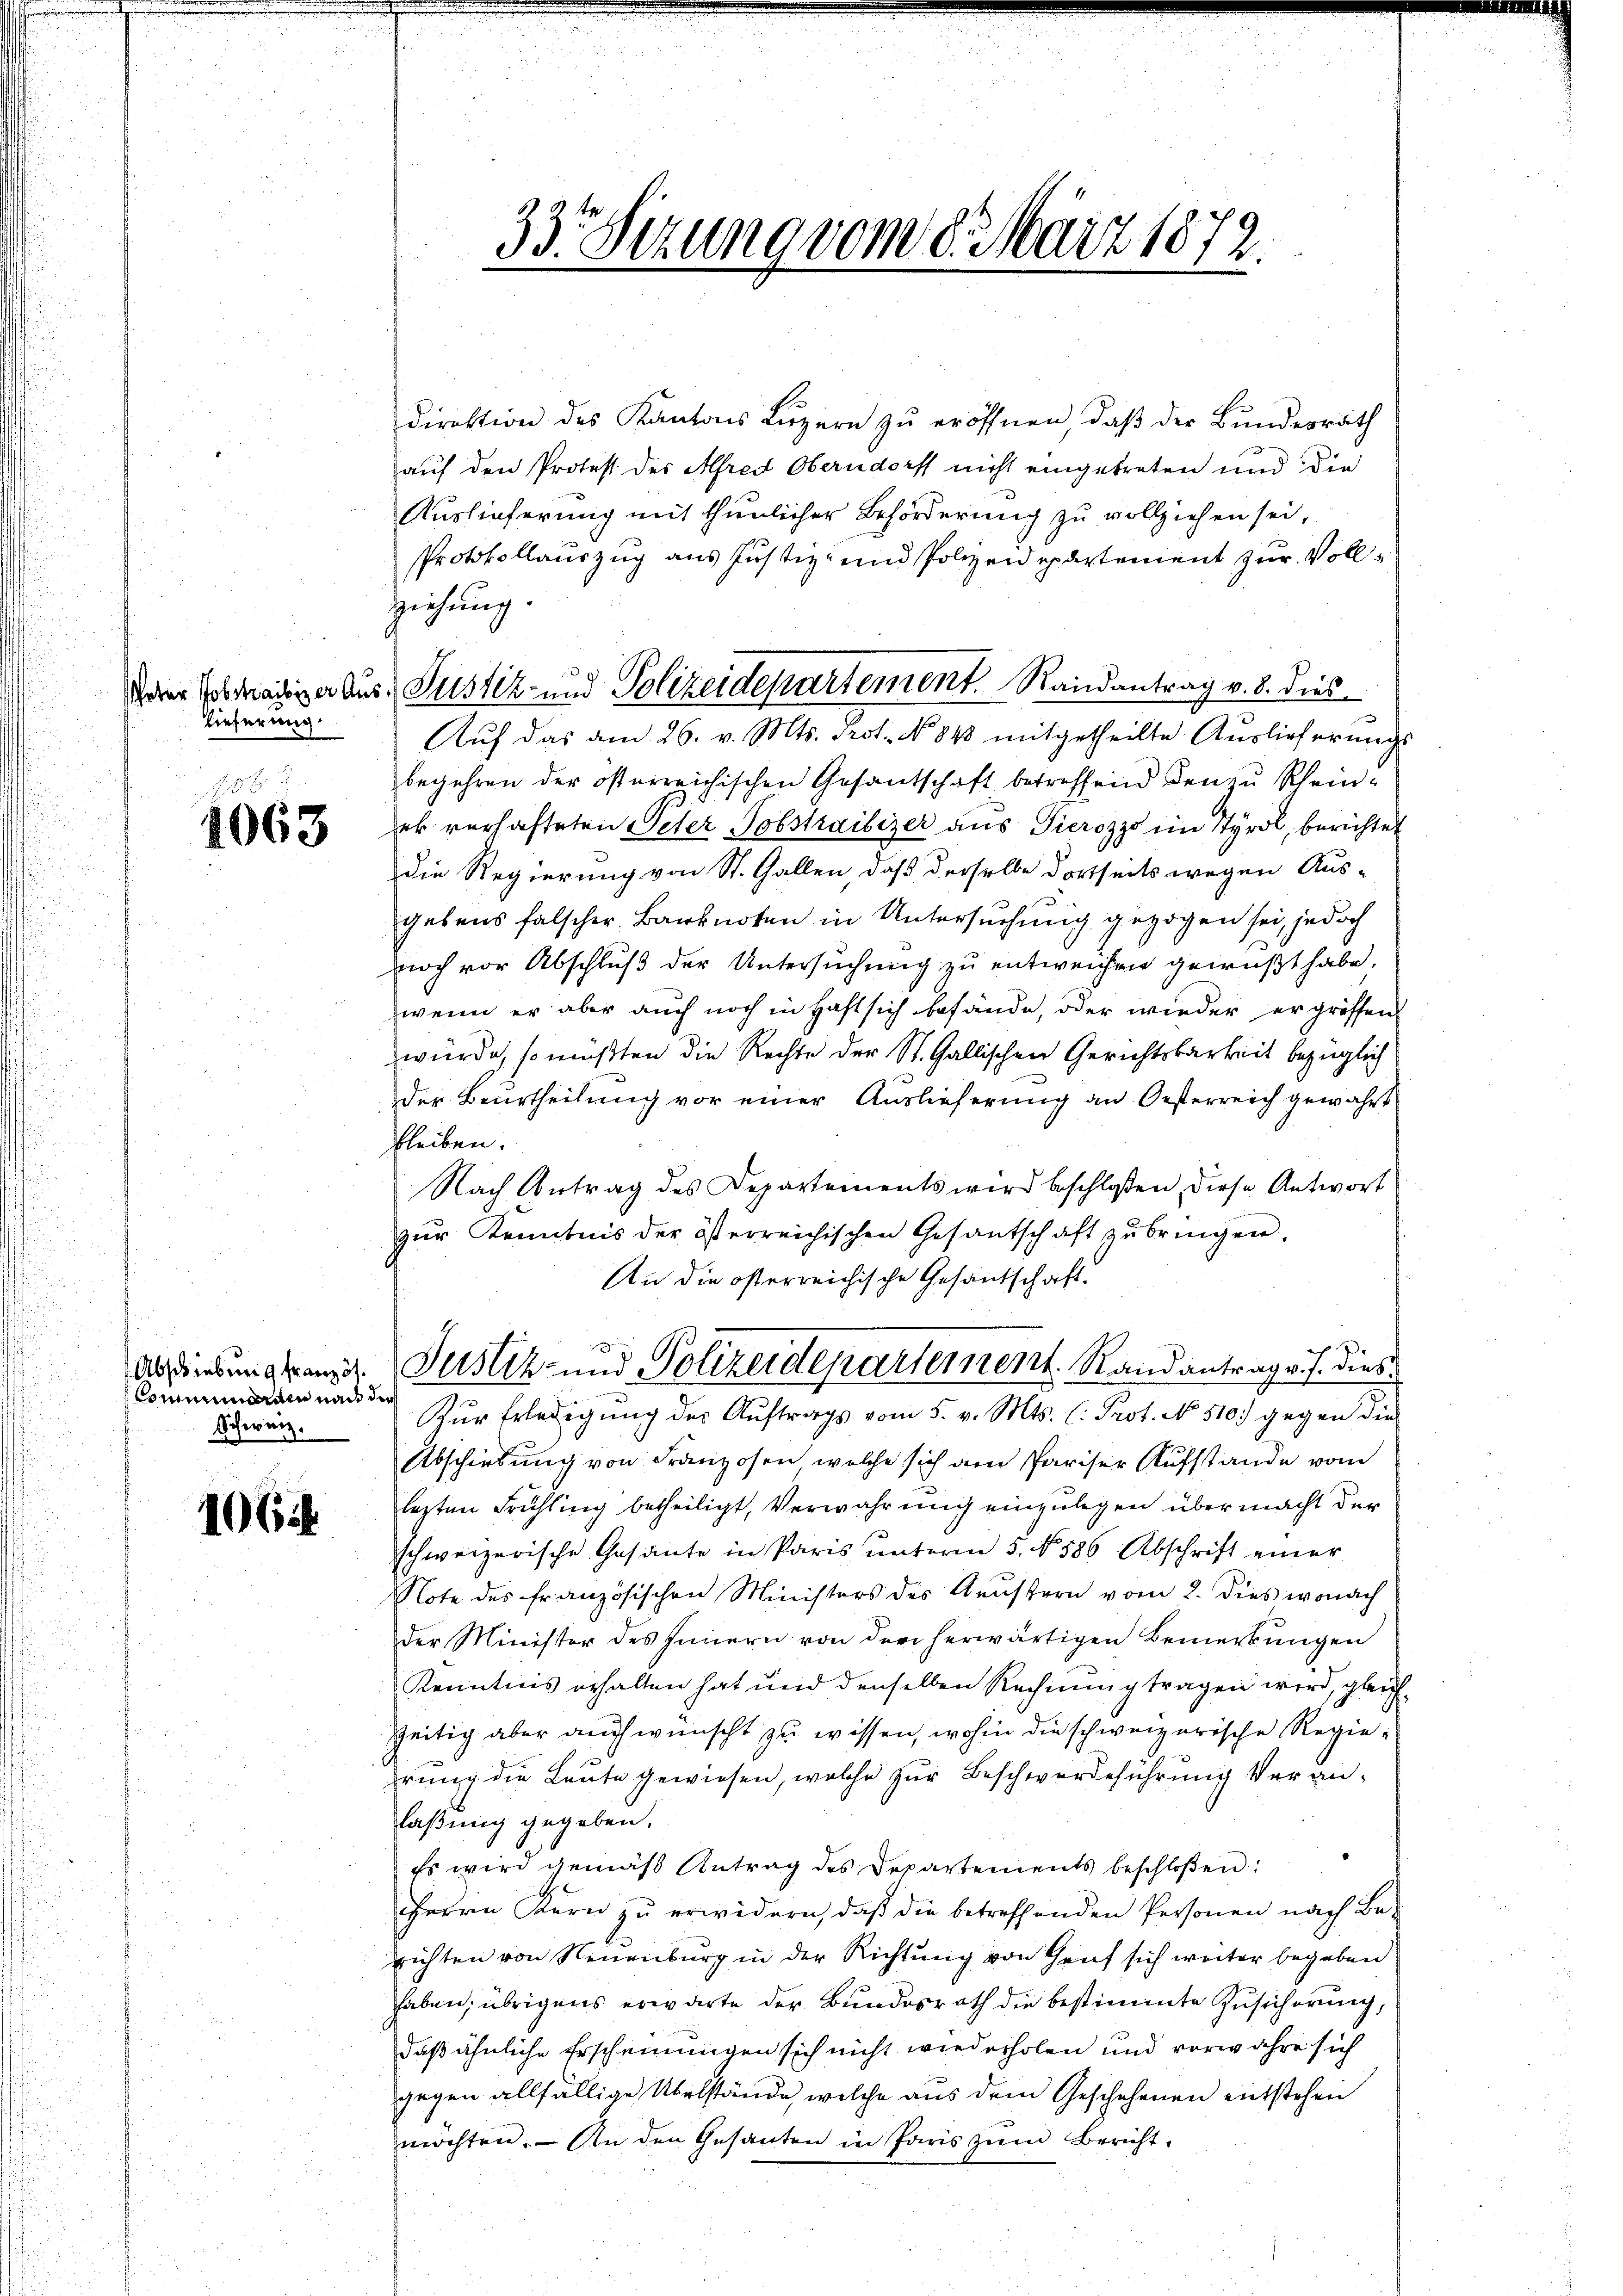
lieferung.

38 x
1063

Comminorien nach der
Schweiz.

106 f

Direktion des Kantons Luzern zu eröffnen, daß der Bundesrath
auf den Protest des Alfred Oberndorff nicht eingetreten und die
Auslieferung mit thunlicher Beförderung zu vollziehen sei,
Protokollauszug aus Justiz- und Polizeidepartement zur Vollziehung.
Aŭf das am 26. v. Mts. Prot. No 843 mitgetheilte Aŭslieferŭngs
begehren der österreichischen Gesantschaft betreffend den zu Scheinek verhafteten Peter Jobstraibizer aus Tierozzo im Styrol, berichtet
Die Regierung von St. Gallen, daß derselbe dortseits wegen Aus-
gebens falscher. Banknoten in Untersuchung gezogen sei, jedoch
noch vor Abschluß der Untersuchung zu entweichen gewußt habe.
wenn er aber auch noch in Haft sich befände, oder wieder er grössen
würde, so müßten die Rechte der St. Gallischen Gerichtsbarkeit bezüglich
der Beurtheilung vor einer Auslieferung an Oesterreich gewährt
bleiben.
Nach Antrag des Departements wird beschloßen, diese Antwort
zŭr Kenntnis der österreichischen Gesantschaft zŭ bringen.
An die österreichische Gesantschaft.
a
Abdiebung kranz. Justiz- und Polizeideparterrent. Randantrag v. J. diese
Zŭr Erledigŭng der Aŭftrags vom 5. v. Mts. C. Prot. No. 510.) gegen die
Abschiebung von Franzosen welche sich am Pariser Aufstande vom
lezten Frühling betheiligt, Verwahrung einzulegen übermacht der
schweizerische Gesante in Paris ŭnterm 5. No. 586 Abschrift einer
Note des französischen Ministers des Aeustern vom 2. dies wonach
der Minister des Innern von der herwärtigen Bemerkungen
Kenntnis erhalten hat und denselben Rechnung tragen wird, gleichzeitig aber auch wünscht zu wissen, wohin die schweizerische Regierung die Leute gewiesen, welche zur Beschwerdeführung veranlaßung gegeben.
Es wird gemäß Antrag des Departements beschloßen:
Herrn Kern zu erwidern, daß die betreffenden Personen nach Berichten von Neuenburg in der Richtung von Gruf sich weiter begeben
haben; übrigens erwarte der Bundesrath die bestimmte Zusicherung,
daß ähnliche Erscheinungen sich nicht wiederholen und vorwahre sich
gegen allfällige Übelstände, welche aus dem Geschehenen entstehen
möchten. — An den Gesanten in Paris zum Bericht

33. Sizung vom 8. März 1872.

darer schädiger Aus- Justiz- und Polizeidepartement. Randantrag v. 8. dies